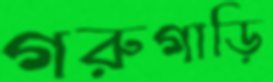
গরুগাড়ি